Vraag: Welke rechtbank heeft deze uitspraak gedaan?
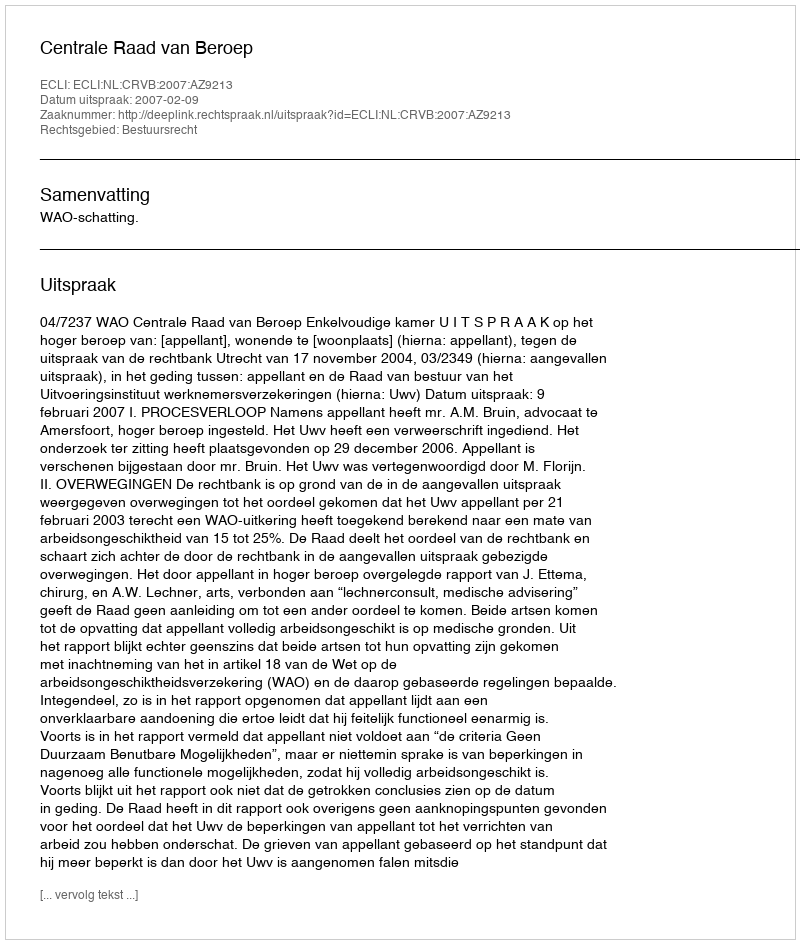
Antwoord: Centrale Raad van Beroep